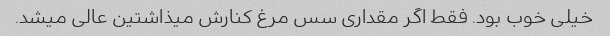
خیلی خوب بود. فقط اگر مقداری سس مرغ کنارش میذاشتین عالی میشد.